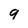
Character: 9